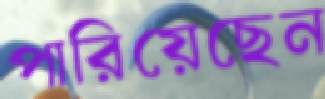
পারিয়েছেন